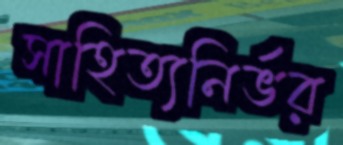
সাহিত্যনির্ভর